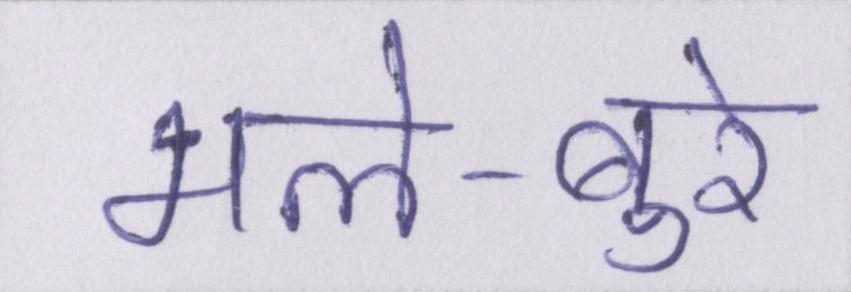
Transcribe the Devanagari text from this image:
भले-बुरे